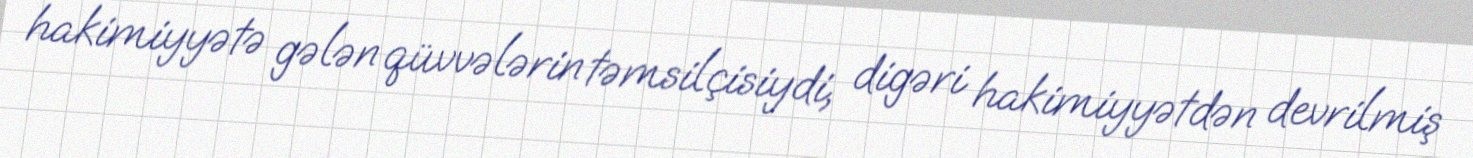
hakimiyyətə gələn qüvvələrin təmsilçisiydi, digəri hakimiyyətdən devrilmiş